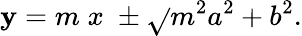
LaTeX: \mathbf{y}=m\; x\; \pm{\sqrt{}{{m^{2}a^{2}+b^{2}}}}.